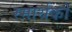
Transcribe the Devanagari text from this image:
स्मार्थको